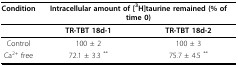
| Condition | <COLSPAN=2> Intracellular amount of [3H]taurine remained (% of time 0) |
 | --- | --- | --- |
 |  | TR-TBT 18d-1 | TR-TBT 18d-2 |
 | Control | 100 ± 2 | 100 ± 3 |
 | Ca2+ free | 72.1 ± 3.3 ** | 75.7 ± 4.5 ** |